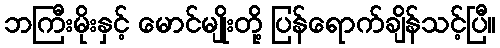
ဘကြီးမိုးနှင့် မောင်မျိုးတို့ ပြန်ရောက်ချိန်သင့်ပြီ။